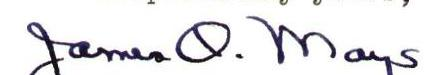
James O. Mays